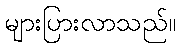
များပြားလာသည်။